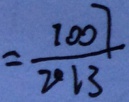
= \frac { 1 0 0 7 } { 2 0 1 3 }